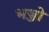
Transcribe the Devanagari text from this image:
भञ्जो